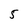
Character: 5